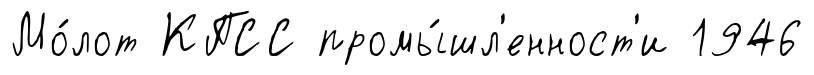
Мо́лот КПСС промы́шл'енност'и 1946